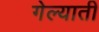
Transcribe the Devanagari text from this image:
गेल्याती